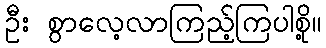
ဦး စွာလေ့လာကြည့်ကြပါစို့။